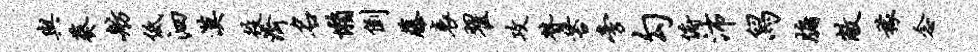
与葵舫低泗漠役济名懒倒藤衰翟攻赞苔旁勾俯沛舄牖敝稼念